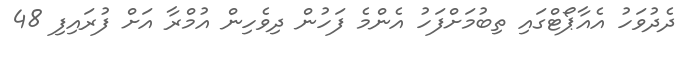
ދެދުވަހު އެއާޕޯޓްގައި ތިބުމަށްފަހު އެންމެ ފަހުން ދިވެހިން އުމްރާ އަށް ފުރައިފި 48